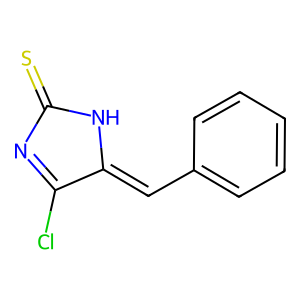
SMILES: S=C1N=C(Cl)C(=Cc2ccccc2)N1
Inhibits HIV replication: No